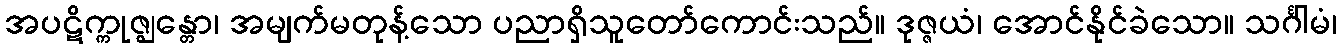
အပဋိက္ကုဇ္ဈန္တော၊ အမျက်မတုန့်သော ပညာရှိသူတော်ကောင်းသည်။ ဒုဇ္ဇယံ၊ အောင်နိုင်ခဲသော။ သင်္ဂါမံ၊